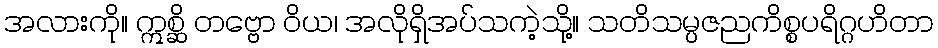
အလားကို။ ဣစ္ဆိ တဗ္ဗော ဝိယ၊ အလိုရှိအပ်သကဲ့သို့။ သတိသမ္ပဇညကိစ္စပရိဂ္ဂဟိတာ